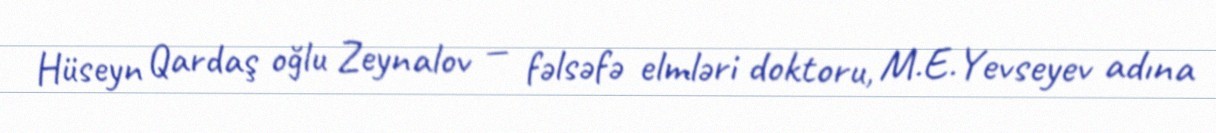
Hüseyn Qardaş oğlu Zeynalov — fəlsəfə elmləri doktoru, M.E.Yevseyev adına